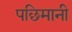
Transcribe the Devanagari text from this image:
पछिमानी